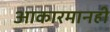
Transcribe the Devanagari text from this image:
आकारमानही